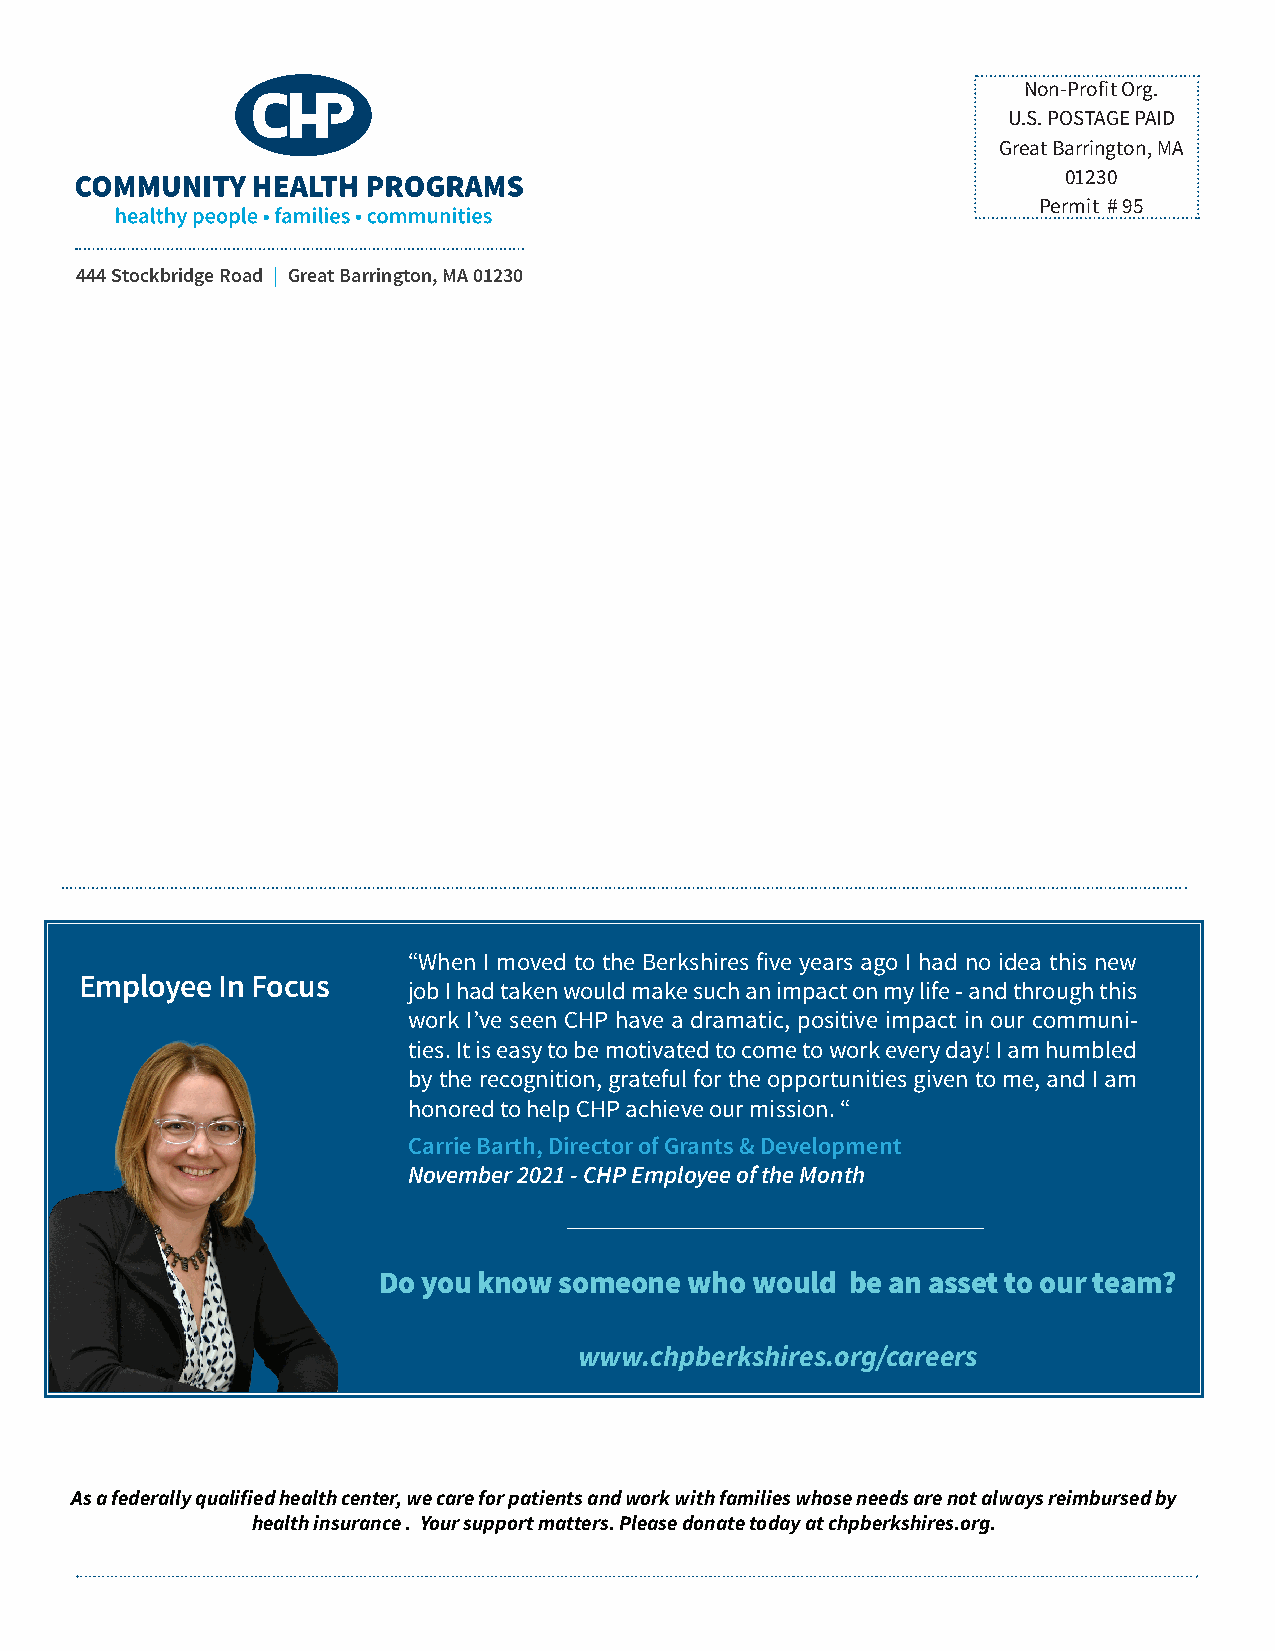
Non-Profit Org.
 U.S. POSTAGE PAID
 Great Barrington, MA
 01230
 Permit # 95
 444 Stockbridge Road | Great Barrington, MA 01230
 “When I moved to the Berkshires five years ago I had no idea this new
 Employee In Focus
 job I had taken would make such an impact on my life - and through this
 work I’ve seen CHP have a dramatic, positive impact in our communi-
 ties. It is easy to be motivated to come to work every day! I am humbled
 by the recognition, grateful for the opportunities given to me, and I am
 honored to help CHP achieve our mission. “
 Carrie Barth, Director of Grants & Development
 November 2021 - CHP Employee of the Month
 Do you know someone  who would be an asset to our team?
 www.chpberkshires.org/careers
 As a federally qualified health center, we care for patients and work with families whose needs are not always reimbursed by
 health insurance . Your support matters. Please donate today at chpberkshires.org.